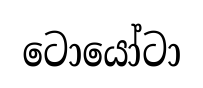
ටොයෝටා